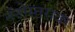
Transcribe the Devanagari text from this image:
नॅनोस्तरावर